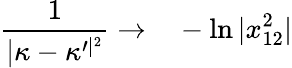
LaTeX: \frac{1}{\vert\kappa-\kappa^{\prime\vert^{2}}}\rightarrow\ \ \ -\ln\vert x_{12}^{2}\vert